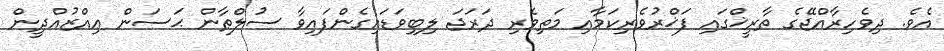
އެވެ. ދިވެހިރާއްޖޭގެ ތާރީޚްގައި ފަޚްރުވެރިކަމާއި މަތިވެރި ދަރަޖަ ލިބިވަޑައިގެންފައިވާ ސުލްޠާން ޙަސަން ޢިއްޒުއްދީން